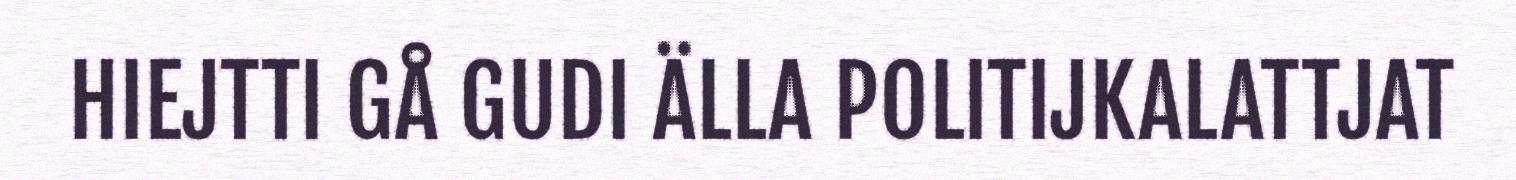
HIEJTTI GÅ GUDI ÄLLA POLITIJKALATTJAT